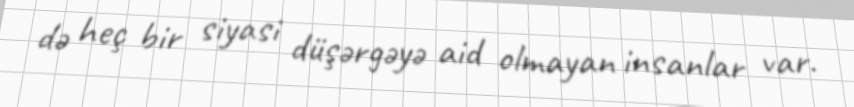
də heç bir siyasi düşərgəyə aid olmayan insanlar var.